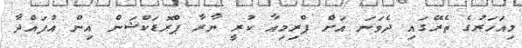
މިއަހަރުގެ ތެރޭގައި ދެވަނަ އަށް ޕްރިމިއާ ކުރީ ޔާރާ ޕްރޮޑަކްޝަން އިން އުފައްދާ